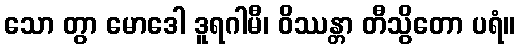
သော တွာ မောဒေါ ဒူရဂါမီ၊ ဝိဿန္တာ တီသွိတော ပရံ။